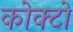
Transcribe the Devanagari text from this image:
कोक्टो